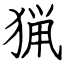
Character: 猟